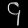
Digit: ၄